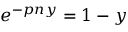
e ^ { - p n y } = 1 - y